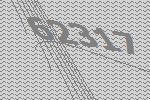
62317